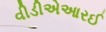
વીડીએઆરઈ